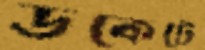
ডকেটে